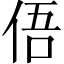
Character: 俉